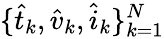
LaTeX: \{ \hat{t}_{k},\hat{v}_{k},\hat{i}_{k}\} _{k=1}^{N}